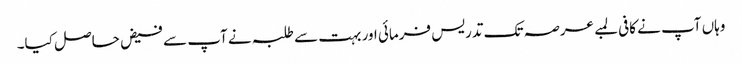
وہاں آپ نے کافی لمبے عرصہ تک تدریس فرمائی اور بہت سے طلبہ نے آپ سے فیض حاصل کیا۔